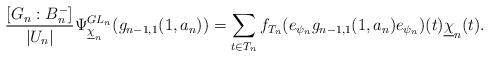
LaTeX: \begin{align*} \frac{[G_n:B_{n}^{-}]}{|U_n|} \Psi_{\underline{\chi}_{n}}^{GL_{n}}(g_{n-1,1}(1,a_n))=\sum_{t\in T_n}f_{T_n}(e_{\psi_n}g_{n-1,1}(1,a_n)e_{\psi_n})(t)\underline{\chi}_n(t).\end{align*}